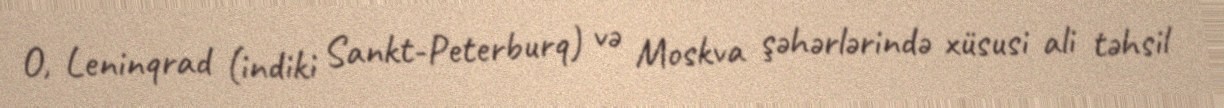
O, Leninqrad (indiki Sankt-Peterburq) və Moskva şəhərlərində xüsusi ali təhsil